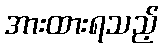
အားထားရသည့်